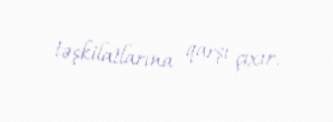
təşkilatlarına qarşı çıxır.